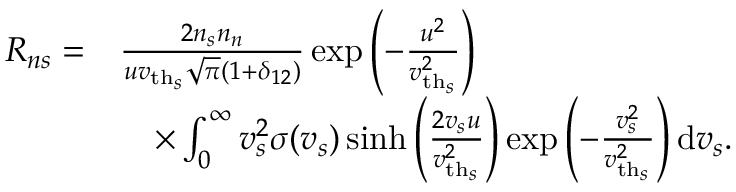
\begin{array} { r l } { R _ { n s } = } & { \frac { 2 n _ { s } n _ { n } } { u \ensuremath { v _ { \mathrm { t h } _ { s } } } \sqrt { \pi } ( 1 + \delta _ { 1 2 } ) } \exp \left( - \frac { u ^ { 2 } } { \ensuremath { v _ { \mathrm { t h } _ { s } } } ^ { 2 } } \right) } \\ & { \quad \times \int _ { 0 } ^ { \infty } v _ { s } ^ { 2 } \sigma ( v _ { s } ) \sinh \left( \frac { 2 v _ { s } u } { \ensuremath { v _ { \mathrm { t h } _ { s } } } ^ { 2 } } \right) \exp \left( - \frac { v _ { s } ^ { 2 } } { \ensuremath { v _ { \mathrm { t h } _ { s } } } ^ { 2 } } \right) \mathrm { d } v _ { s } . } \end{array}